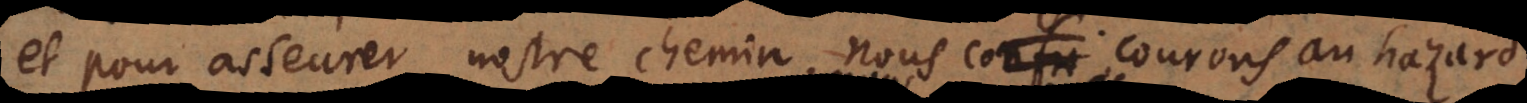
et pour asseurer nostre chemin, courons confusement au haz